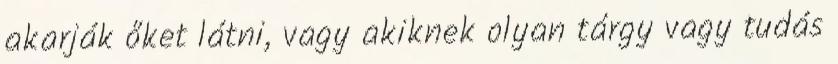
akarják őket látni, vagy akiknek olyan tárgy vagy tudás